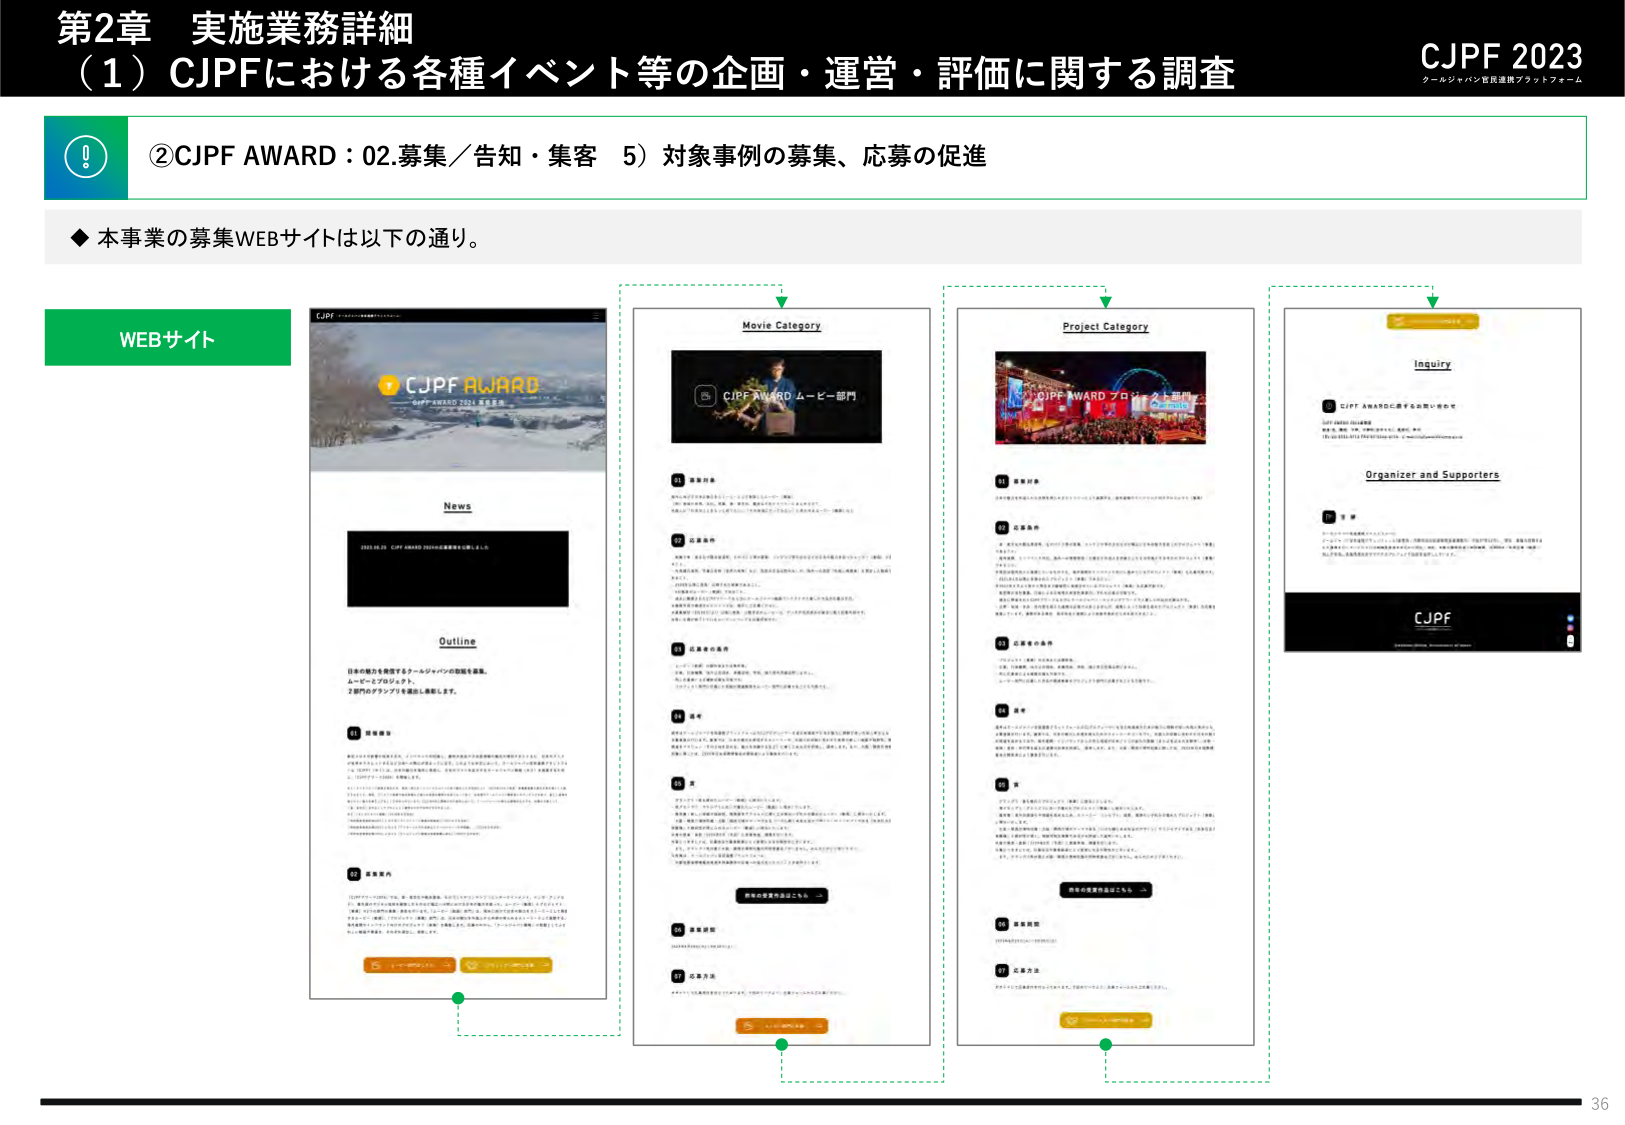
第2章 実施業務詳細
（1）CJPFにおける各種イベント等の企画・運営・評価に関する調査

CJPF 2023
クールジャパン官民連携プラットフォーム

②CJPF AWARD：02.募集／告知・集客 5）対象事例の募集、応募の促進

◆本事業の募集WEBサイトは以下の通り。

WEBサイト

CJPF AWARD
CJPF AWARD 2023 募集要項

News
2023.05.02 CJPF AWARD 2023の募集要項を公開しました

Outline
日本の魅力を発信するクールジャパンの取組を募集。
ムービーとプロジェクト。
2部門のグランプリを総合し表彰します。

01 募集概要
02 募集案内

Movie Category
CJPF AWARD ムービー部門

03 募集対象
04 応募条件
05 応募者の条件
06 送付
07 応募方法
08 審査基準
09 審査方法

Project Category
CJPF AWARD プロジェクト部門

03 募集対象
04 応募条件
05 応募者の条件
06 送付
07 応募方法
08 審査基準
09 審査方法

Inquiry
CJPF AWARDに関するお問い合わせ

Organizer and Supporters
CJPF

36